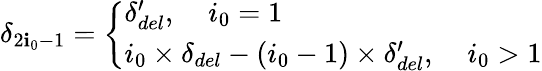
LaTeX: \delta_{2\mathbf{i}_{0}-1}=\left\{ \begin{array}{ll}{\delta_{del}^{\prime},\; \; \; \ i_{0}=1}\\ {i_{0}\times\delta_{del}-(i_{0}-1)\times\delta_{del}^{\prime},\; \; \; \ i_{0}>1}\end{array}\right.